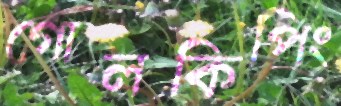
গোলকিপিং